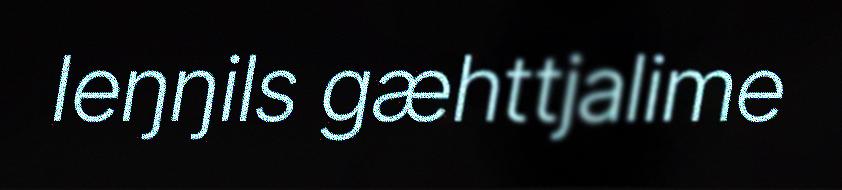
Ieŋŋils gæhttjalime